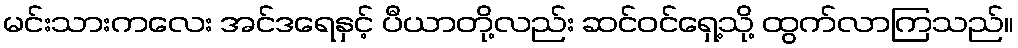
မင်းသားကလေး အင်ဒရေနှင့် ပီယာတို့လည်း ဆင်ဝင်ရှေ့သို့ ထွက်လာကြသည်။